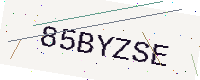
Text: 85BYZSE